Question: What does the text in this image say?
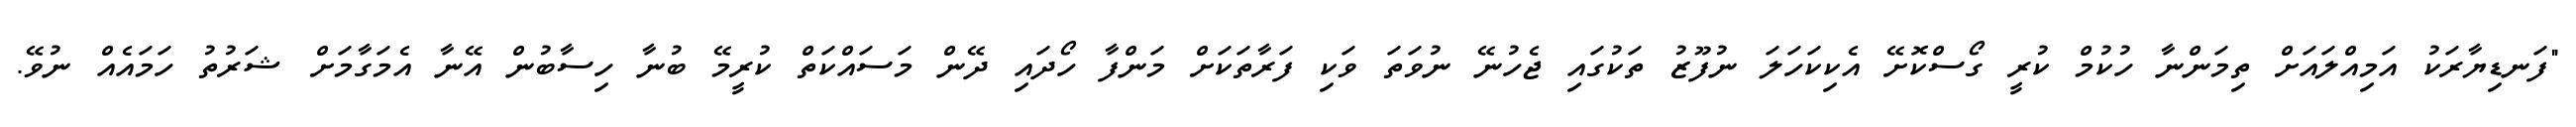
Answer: "ފަނޑިޔާރަކު އަމިއްލައަށް ތިމަންނާ ހުކުމް ކުރީ ގޯސްކޮށޭ އެކިކަހަލަ ނުފޫޒު ތަކުގައި ޖެހުނޭ ނުވަތަ ވަކި ފަރާތަކަށް މަންފާ ހޯދައި ދޭން މަސައްކަތް ކުރީމޭ ބުނާ ހިސާބުން އޭނާ އެމަގާމަށް ޝަރުތު ހަމައެއް ނުވޭ.